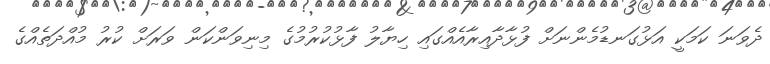
ދެވަނަ ކަމަކީ އަޅުގަނޑުމެންނަށް ފުޅާދާއިރާއެއްގައި ހިޔާލު ފާޅުކުރުމުގެ މިނިވަންކަން ވަރަށް ކުރު މުއްދަތެއްގެ